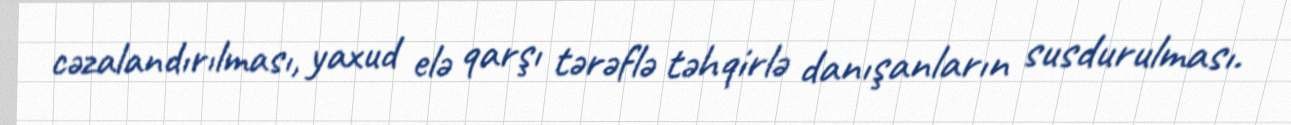
cəzalandırılması, yaxud elə qarşı tərəflə təhqirlə danışanların susdurulması.